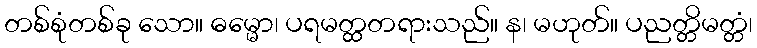
တစ်စုံတစ်ခု သော။ ဓမ္မော၊ ပရမတ္ထတရားသည်။ န၊ မဟုတ်။ ပညတ္တိမတ္တံ၊